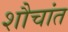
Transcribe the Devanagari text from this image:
शौचांत